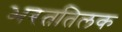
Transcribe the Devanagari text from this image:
भरततिलक